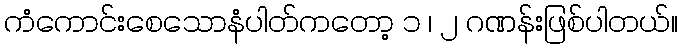
ကံကောင်းစေသောနံပါတ်ကတော့ ၁ ၊ ၂ ဂဏန်းဖြစ်ပါတယ်။